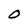
Character: O